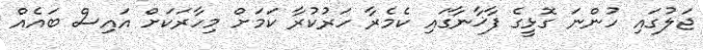
ޖަލުގައި ހުންނަ ގޮޅީގެ ފާޚާނާގައި ކެމެރާ ހަރުކުރާ ކަމަށް މިހާރަކަށް އައިސް ބައެއް